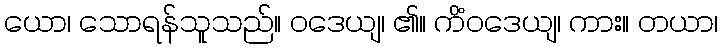
ယော၊ သောရန်သူသည်။ ဝဒေယျ၊ ၏။ ကိံဝဒေယျ၊ ကား။ တယာ၊